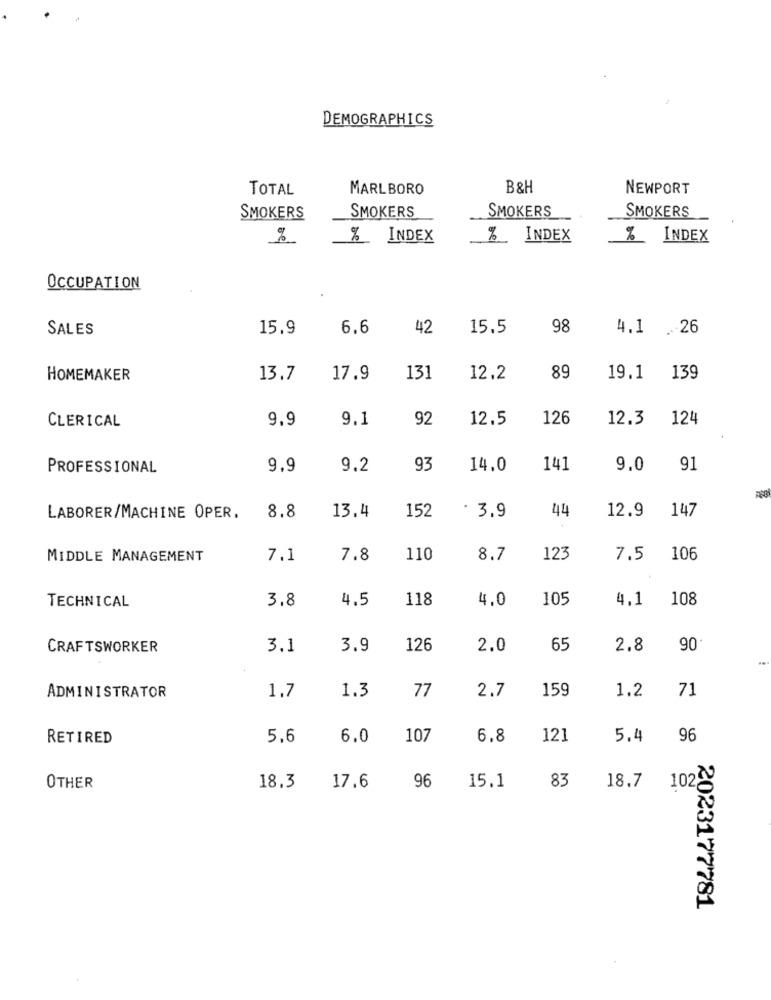
DEMOGRAPHICS
TOTAL
MARLBORO
B&H
NEWPORT
SMOKERS
SMOKERS
SMOKERS
SMOKERS
%
% INDEX
%_INDEX
% INDEX
OCCUPATION
SALES
15,9
6.6
42
15.5
98
4.1 .26
HOMEMAKER
13.7
17.9
131
12.2
89
19.1
139
9.9
9.1
92
12.5
126
12.3
124
CLERICAL
PROFESSIONAL
9.9
9.2
93
14.0
141
9.0
91
13.4
152
44
12.9
147
LABORER/MACHINE OPER.
8.8
. 3.9
MIDDLE MANAGEMENT
7.1
7.8
110
8.7
123
7.5
106
3.8
4.5
118
4.0
105
4.1
108
TECHNICAL
CRAFTSWORKER
3.1
3.9
126
2.0
65
2.8
90
1.3
77
2.7
159
1.2
71
ADMINISTRATOR
1.7
RETIRED
5,6
6.0
107
6.8
121
5.4
96
96
83
OTHER
18.3
17.6
15.1
18.7
102
2023177781